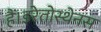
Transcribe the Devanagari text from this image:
हैं।इरेतोस्थेनस